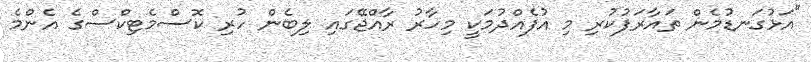
"އަޅުގަނޑުމެން ތައާރަފުކުރި މި އުފެއްދުމަކީ މިހާރު ރާއްޖޭގައި ލިބެން ހުރި ކޮސްމެޓިކްސްގެ އެންމެ